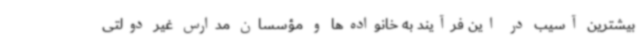
بیشترین آسیب در این فرآیند به خانواده‌ها و مؤسسان مدارس غیر دولتی